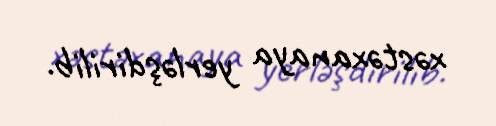
xəstəxanaya yerləşdirilib.